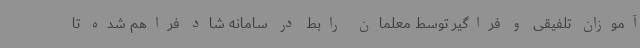
آموزان تلفیقی و فراگیر توسط معلمان رابط در سامانه شاد فراهم شده تا